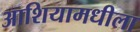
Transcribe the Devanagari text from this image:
आशियामधीला